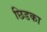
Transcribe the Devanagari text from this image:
छिडका